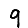
Digit: 9